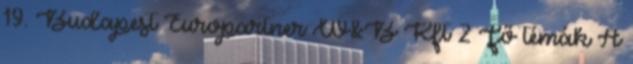
19. Budapest Europartner W&B Kft 2 Fő témák A